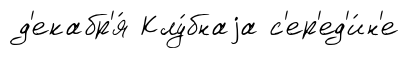
д'екабр'я́ Клу́бнаjа с'ер'ед'и́н'е